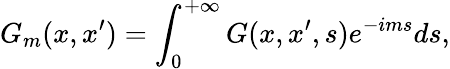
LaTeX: G_{m}(x,x^{\prime})=\int_{0}^{+\infty}G(x,x^{\prime},s)e^{-ims}ds,